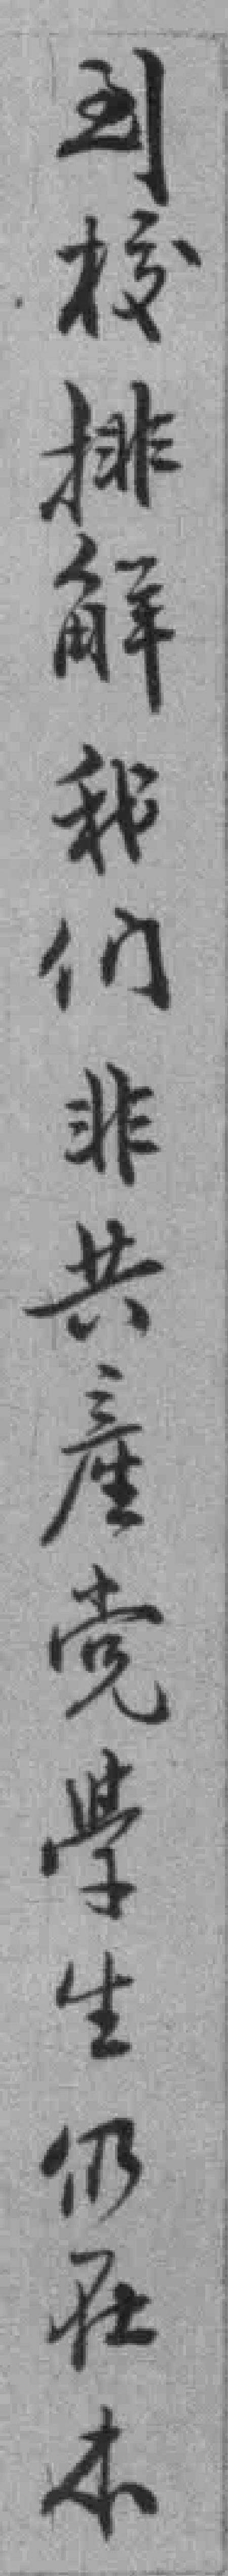
到校排觧我们非共產党學生仍在本